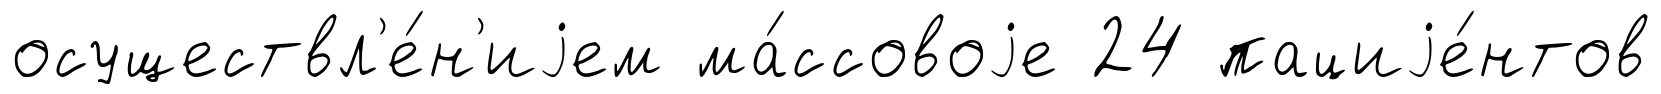
осуществл'е́н'иjем ма́ссовоjе 24 пациjе́нтов